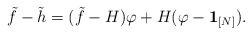
LaTeX: \begin{align*} \tilde{f}-\tilde{h}= (\tilde{f}-H)\varphi + H(\varphi-\mathbf{1}_{[N]}).\end{align*}